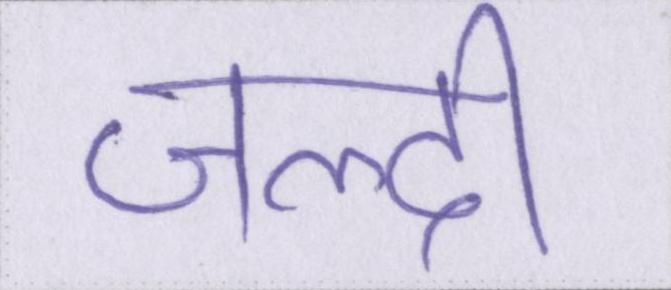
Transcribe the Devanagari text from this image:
जल्दी